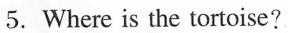
5. Where is the tortoise?